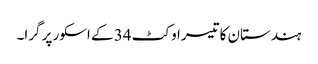
ہندستان کا تیسرا وکٹ 34 کے اسکور پر گرا۔